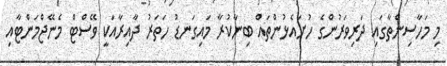
މި މަހާސިންތާގައި ދަރިވަރުންގެ ހުށައެޅުންތައް ބިނާކުރާ މައިގަނޑު ހަތަރު ދާއިރާއަކީ ވޭސްޓް މެނޭޖްމަންޓާއި